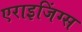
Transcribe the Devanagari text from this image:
एराइजिंग्स